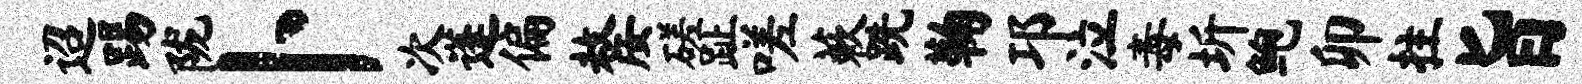
迢踢陇卜次蓬偏嫠磋趾嗟蔌跣鞠邛泣毒圻鲍卯拄旨